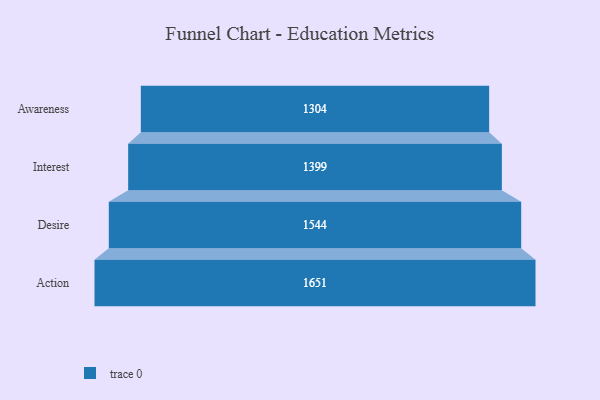
{"axis": {"x": "Stage", "y": "Value"}, "legend": [""], "data": [{"x": "Awareness", "y": 1304.0, "type": ""}, {"x": "Interest", "y": 1399.0, "type": ""}, {"x": "Desire", "y": 1544.0, "type": ""}, {"x": "Action", "y": 1651.0, "type": ""}]}